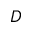
D